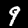
Label: 9